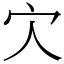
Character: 𡦼